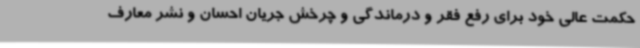
حکمت عالی خود برای رفع فقر و درماندگی و چرخش جریان احسان و نشر معارف